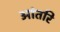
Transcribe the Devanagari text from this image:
आंतरि